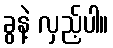
ခွနဲ့ လှည့်ပါ။